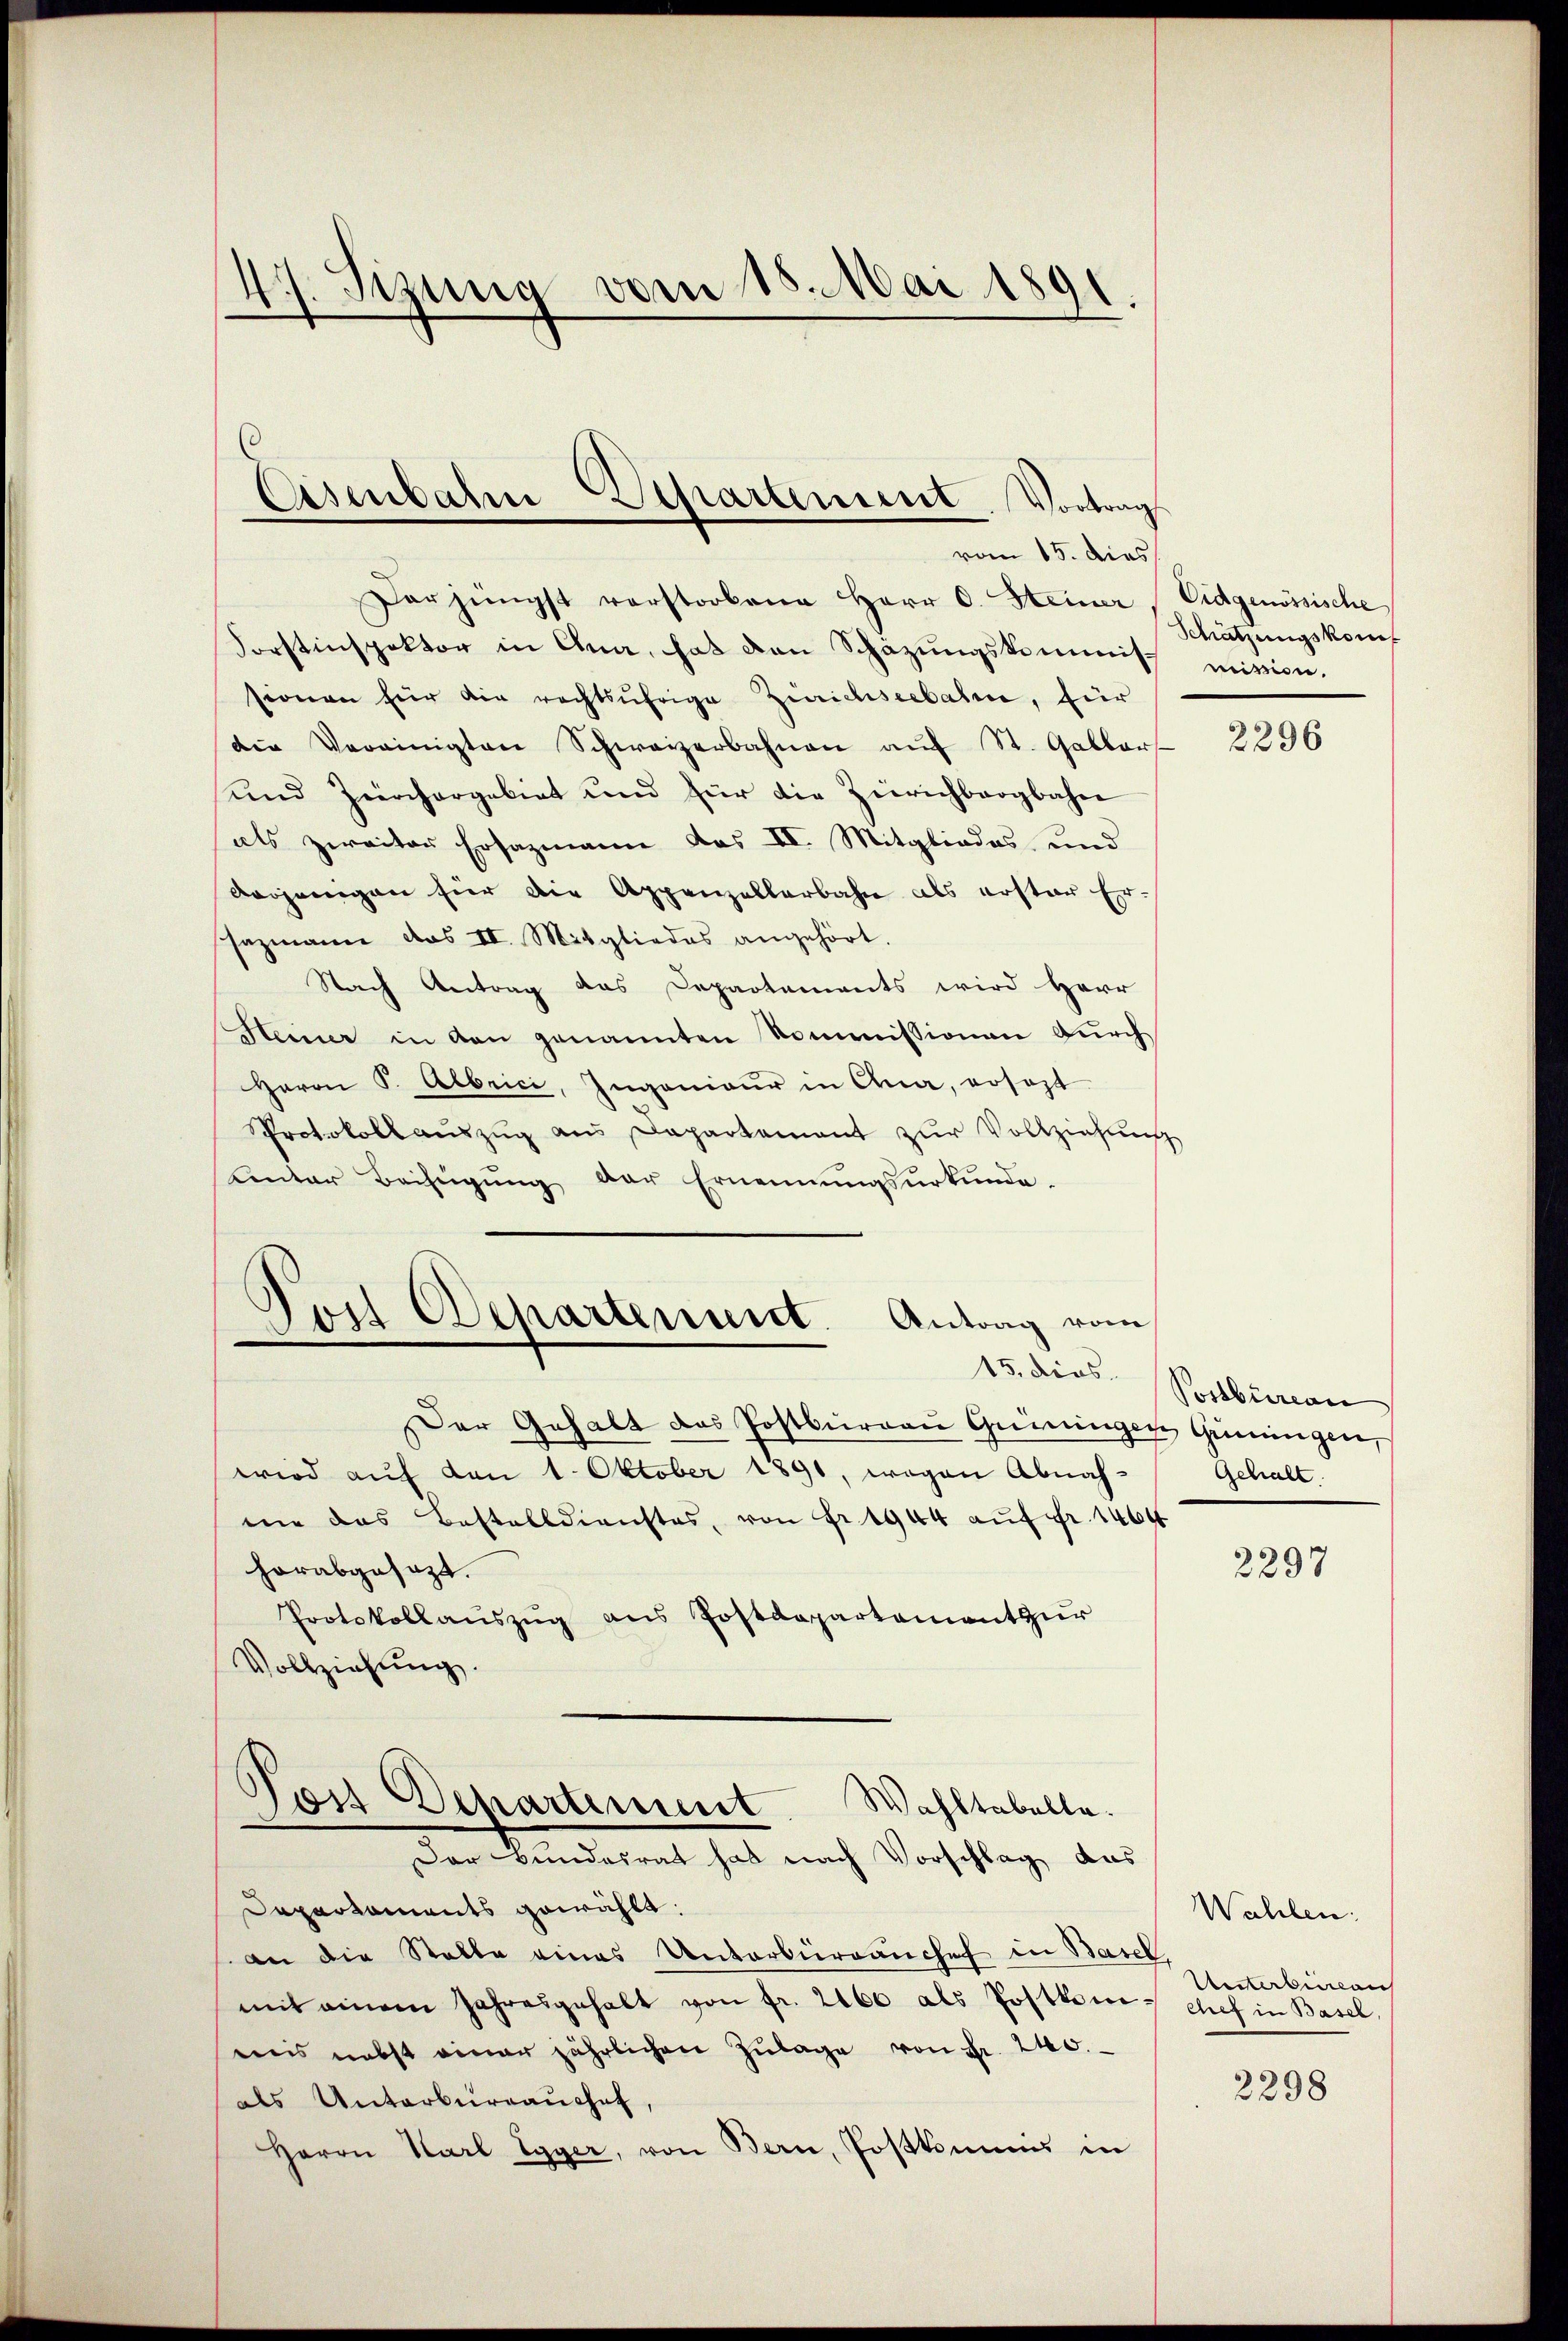
47. Sizung vom 18. Mai 1891.

Asenbahn Departement. Vortrag
vom 15. dies

Der jüngst verstorbene Herr C. Steiner Eidgenössische
Forstinspektor in Ana, hat den Schazungskommisch mission.
sionen für die rechtsufrige Zürichseebahn, für
die Vereinigten Schweizerbahnen aŭf St. Galler
und Zürchargebiet und für die Zürichbergbahn
als zweiter Ersazmann das II. Mitgliedes und
derjenigen hier die Appenzellarbahn als erster Ersazmann das II. Mitgliedes angehört.
Nach Antrag das Departements wird Herr
Heiner in den genannten Kommissionen durch
Herrn S. Albrici, Ingenieur in Ana, ersezt
Protokoll aŭszŭg aus Departement zur Vollziehung
Centar Beifügung der Ernennungsurkunde.
)
it Schartenant. Antrag vom
15. dies Postbureau
Der Gehalt das Postbürgaŭ Grüningen Grüningen,
wird auf den 1. Oktober 1891, wegen Abnahnie das Bestelldienstes, von Fr. 1944 auf Fr. 1464
horabgesezt.
Protokollaŭszŭg aŭs Postdepartement zŭr
Vollziehung.

Post Departiment
Wahltabelle.

Der Bundesrat hat nach Vorschlag das
Dapartaments gewählt.
an die Stalle eines Unterbürrauches in Basel
mit einem Jahresgehalt von fr. 2160 als Postkommnis nebst einer jährlichen Zŭlage von Fr. 240.
als Unterbureauschaf
Herrn Karl Egger, von Bern, Postkommnis in

Schätzungskonf

2296

Gehalt.

2297

Wahlen.
Unterberaus
Chef in Basel,

2298